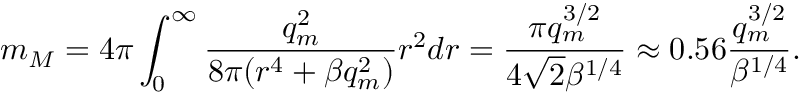
m _ { M } = 4 \pi \int _ { 0 } ^ { \infty } \frac { q _ { m } ^ { 2 } } { 8 \pi ( r ^ { 4 } + \beta q _ { m } ^ { 2 } ) } r ^ { 2 } d r = \frac { \pi q _ { m } ^ { 3 / 2 } } { 4 \sqrt { 2 } \beta ^ { 1 / 4 } } \approx 0 . 5 6 \frac { q _ { m } ^ { 3 / 2 } } { \beta ^ { 1 / 4 } } .